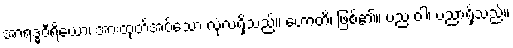
အာရဒ္ဓဝီရိယော၊ အားထုတ်အပ်သော လုံ့လရှိသည်။ ဟောတိ၊ ဖြစ်၏။ ပည ဝါ၊ ပညာရှိသည်။